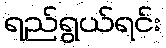
ရည်ရွယ်ရင်း